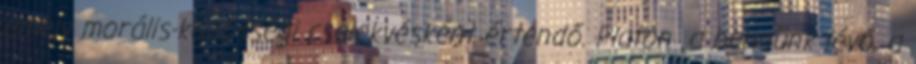
amely morális-közösségi cselekvésként értendő. Platón „a bennünk lévő, a